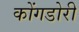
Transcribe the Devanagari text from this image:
कोंगडोरी